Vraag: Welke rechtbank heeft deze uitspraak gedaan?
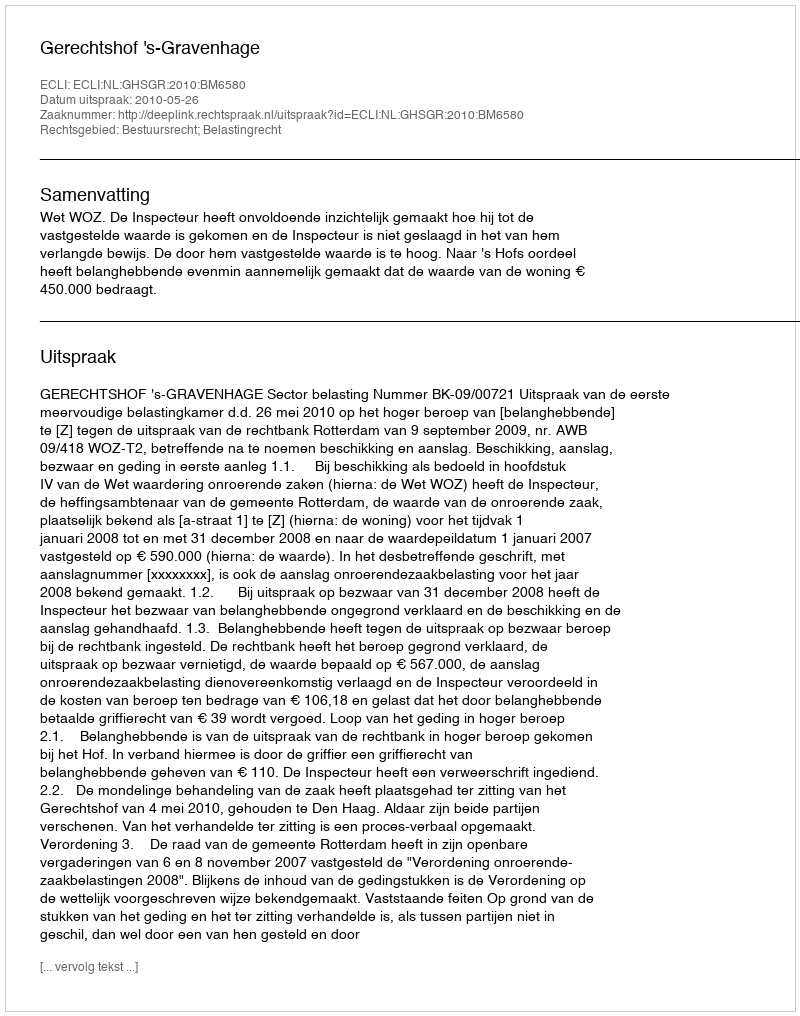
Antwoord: Gerechtshof 's-Gravenhage